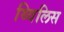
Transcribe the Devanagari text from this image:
थ्‍विलिस